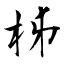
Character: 柹